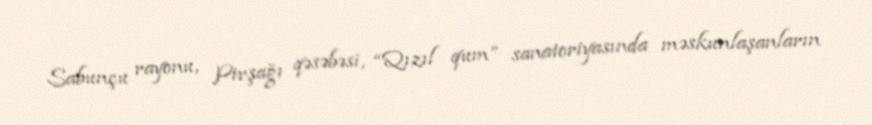
Sabunçu rayonu, Pirşağı qəsəbəsi, “Qızıl qum” sanatoriyasında məskunlaşanların